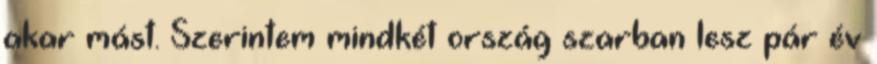
akar mást. Szerintem mindkét ország szarban lesz pár év